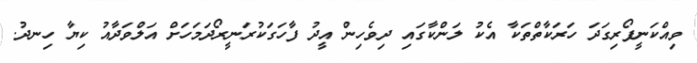
ވިއްކަނީފޯރިގަދަ ހަރަކާތްތަކާ އެކު ލަންކާގައި ދިވެހިން އީދު ފާހަގަކުރަނީރޯދަމަހަށް އަލްވަދާއު ކިޔާ ހިނދު.